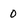
Character: 0